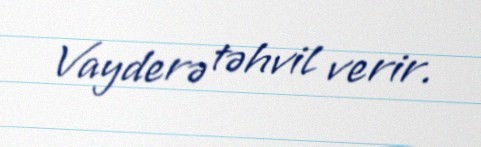
Vayderə təhvil verir.